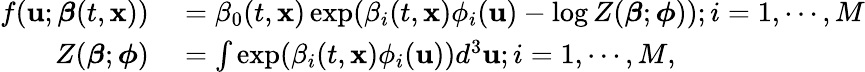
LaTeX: \begin{array}{rl}{f(\mathbf{u};\boldsymbol{\beta}(t,\mathbf{x}))}&{{}=\beta_{0}(t,\mathbf{x})\exp(\beta_{i}(t,\mathbf{x})\phi_{i}(\mathbf{u})-\log Z(\boldsymbol{\beta};\boldsymbol{\phi}));i=1,\cdots,M}\\ {Z(\boldsymbol{\beta};\boldsymbol{\phi})}&{{}=\int\exp(\beta_{i}(t,\mathbf{x})\phi_{i}(\mathbf{u}))d^{3}\mathbf{u};i=1,\cdots,M,}\end{array}